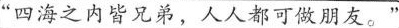
”四海之内皆兄弟，人人都可做朋友。”